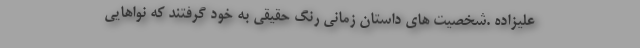
علیزاده .شخصیت های داستان زمانی رنگ حقیقی به خود گرفتند که نواهایی